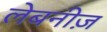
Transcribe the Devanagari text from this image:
लेबनीज़